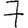
Digit: 7